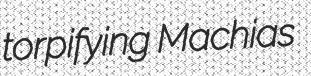
torpifying Machias